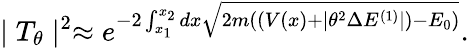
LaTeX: \mid T_{\theta}\mid^{2}\approx e^{-2\int_{x_{1}}^{x_{2}}dx\sqrt{2m((V(x)+\mid\theta^{2}\Delta E^{(1)}\mid)-E_{0})}}.